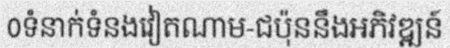
0ទំនាក់ទំនងវៀតណាម-ជប៉ុននឹងអភិវឌ្ឍន៍